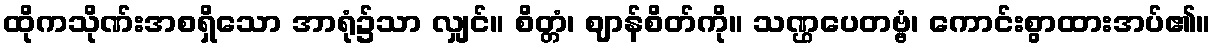
ထိုကသိုဏ်းအစရှိသော အာရုံ၌သာ လျှင်။ စိတ္တံ၊ ဈာန်စိတ်ကို။ သဏ္ဌပေတဗ္ဗံ၊ ကောင်းစွာထားအပ်၏။